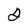
Character: 2